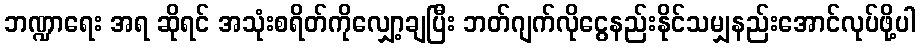
ဘဏ္ဍာရေး အရ ဆိုရင် အသုံးစရိတ်ကိုလျှော့ချပြီး ဘတ်ဂျက်လိုငွေနည်းနိုင်သမျှနည်းအောင်လုပ်ဖို့ပါ